65_HS1-834228961_62-HQ-83894_Section_1
Agency: FBI
Page 162
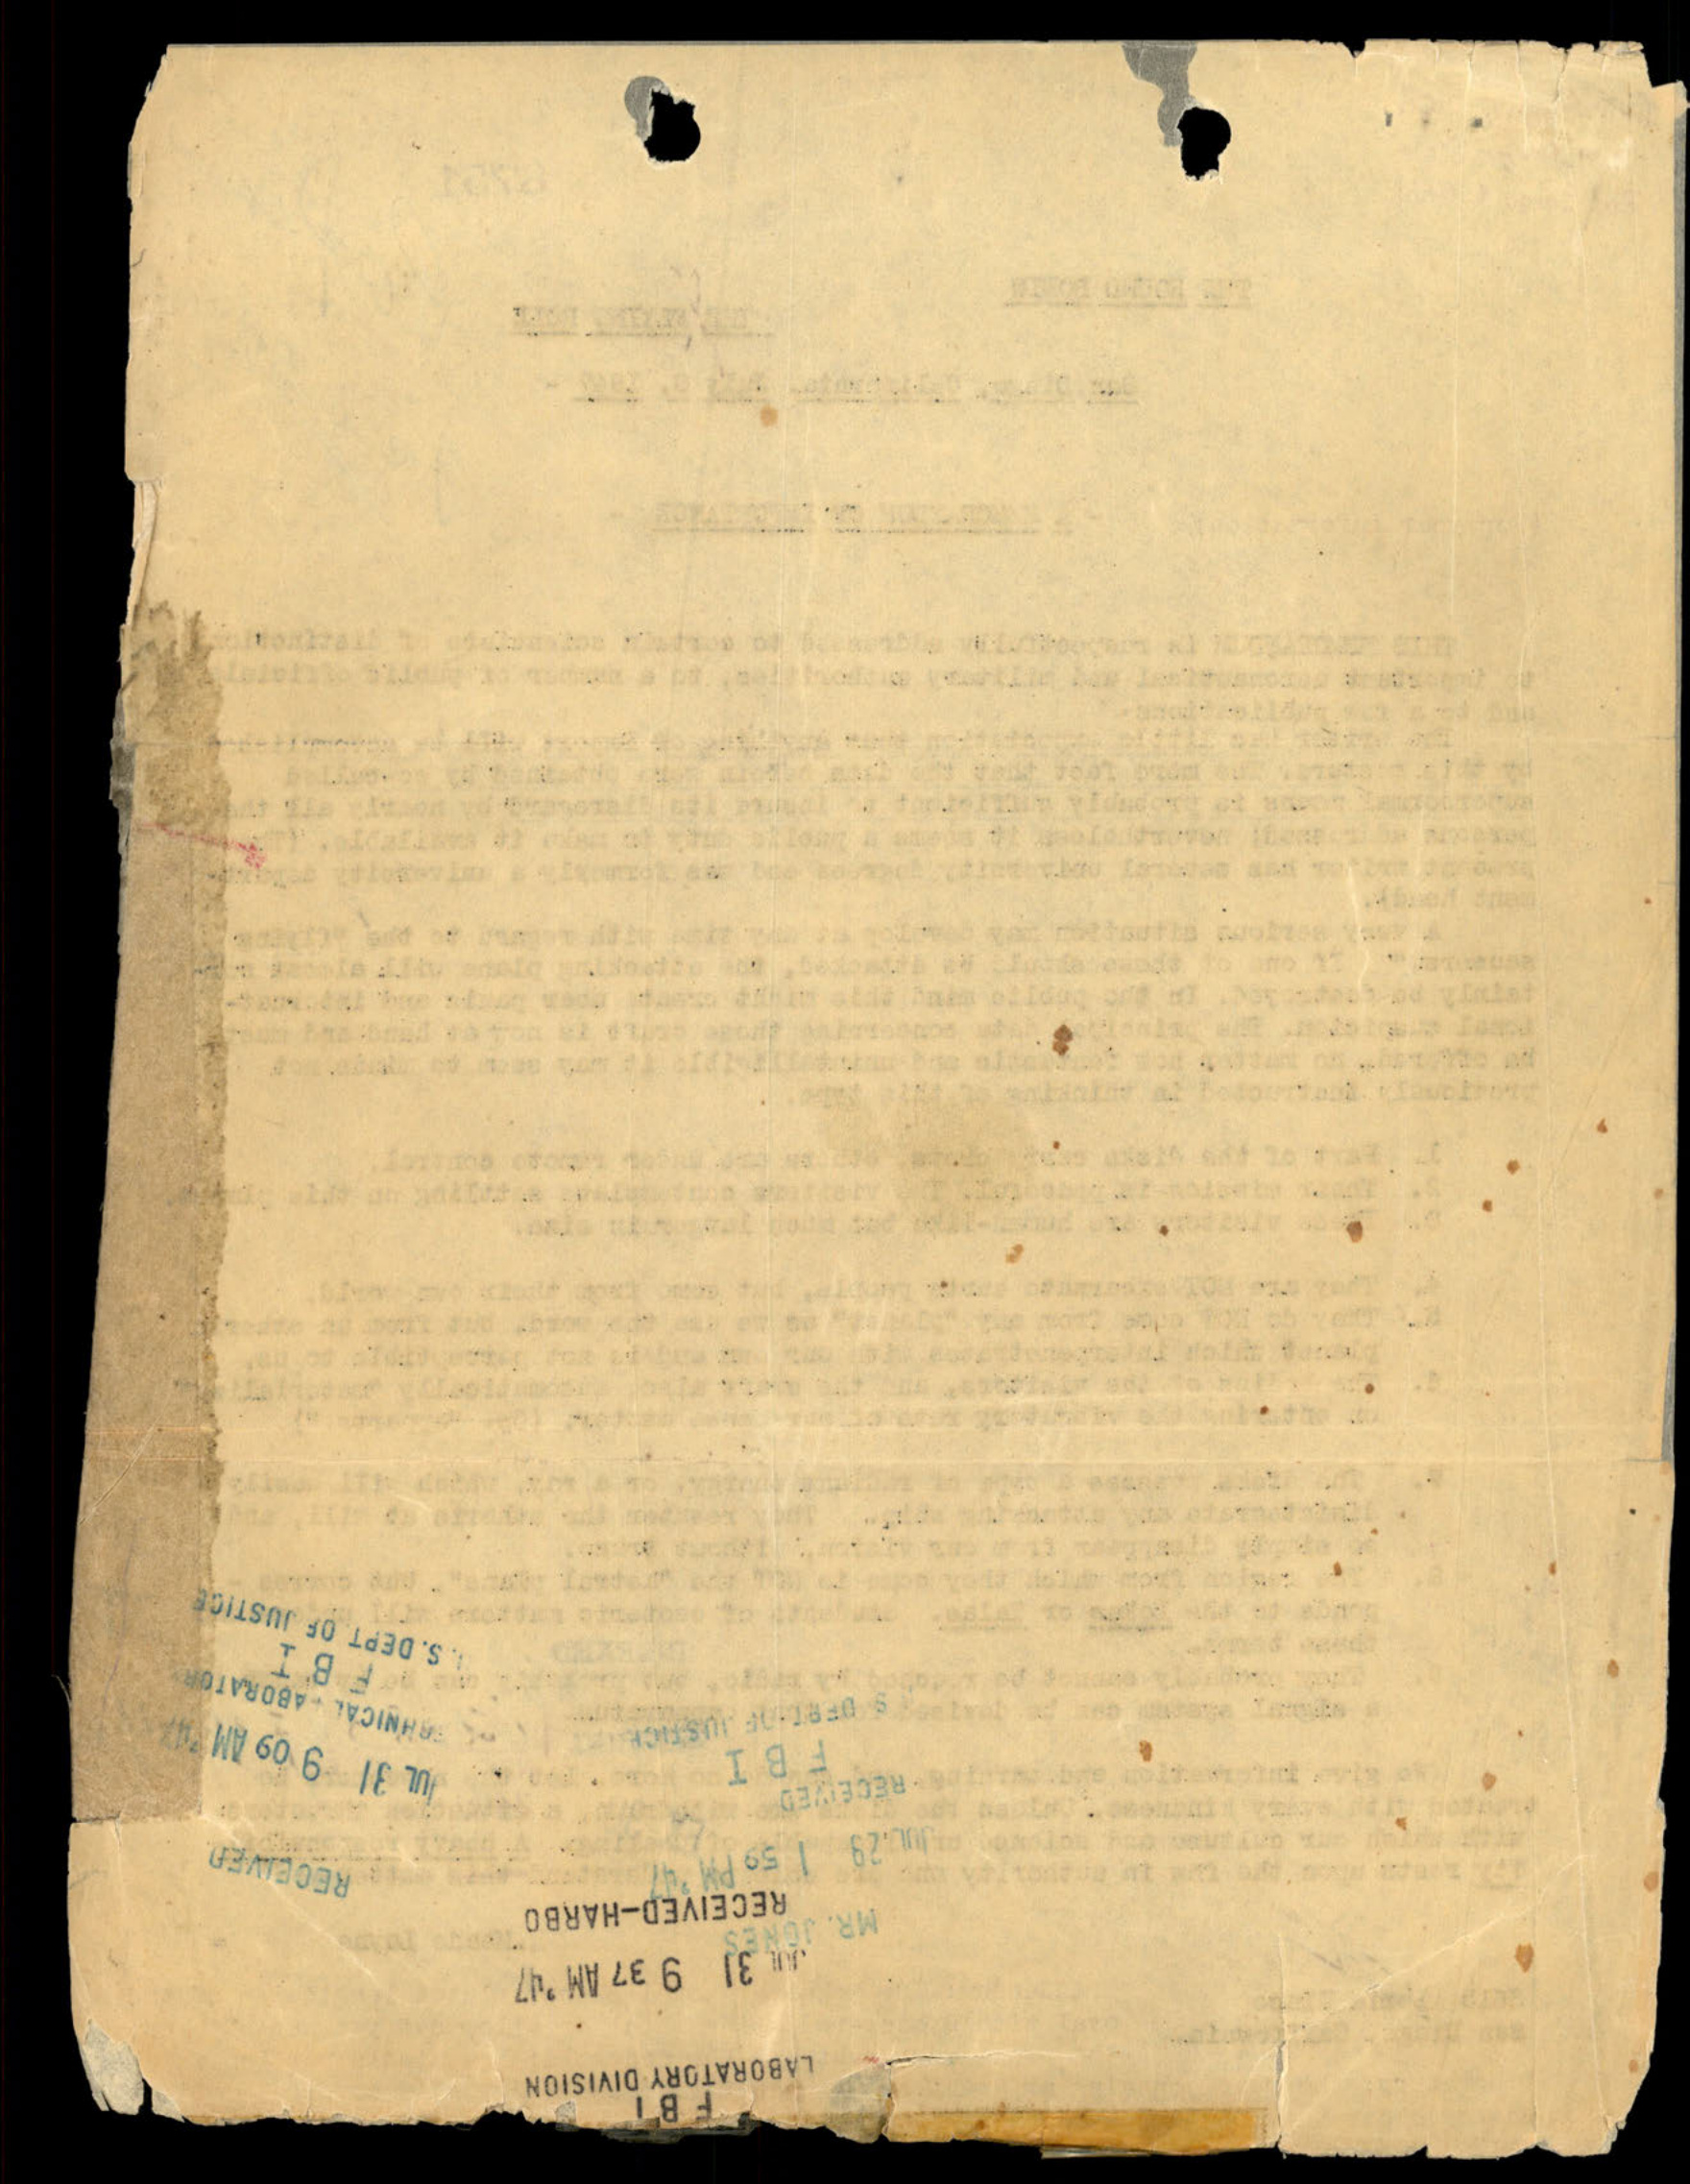